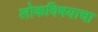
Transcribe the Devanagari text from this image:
लोकविषयाचा